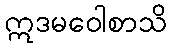
ဣဒမဝေါစာသိ